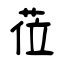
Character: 莅